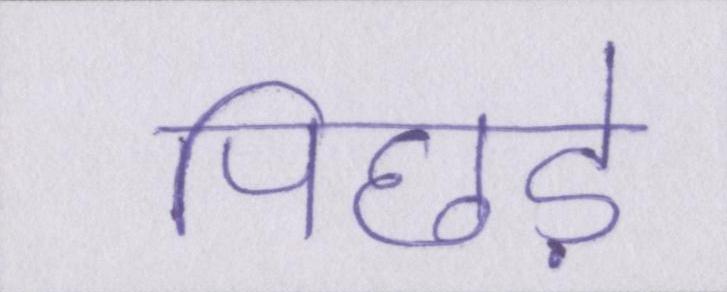
पिछड़े